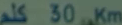
كيلم 30 كم